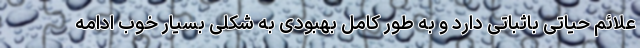
علائم حیاتی باثباتی دارد و به طور کامل بهبودی به شکلی بسیار خوب ادامه